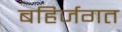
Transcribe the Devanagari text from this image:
बहिर्जगत